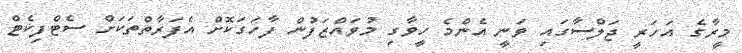
މީރާގެ އަހަރީ ޖަލްސާގައި ވަނީ އެންމެ ހީވާގި މުވައްޒަފުން ފާހަގަކޮށް އެފަރާތްތަކަށް ސެޓްފިކެޓް